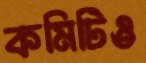
কমিটিও